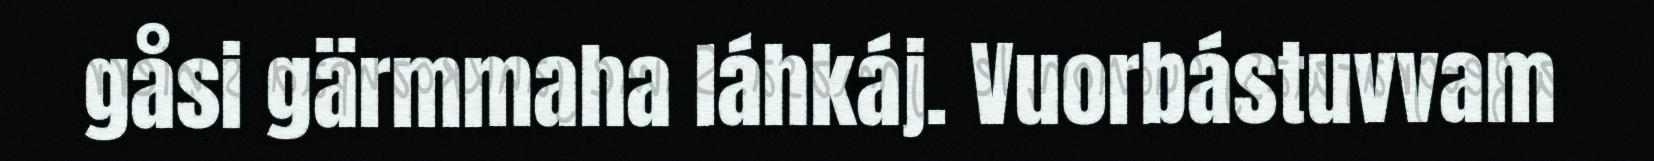
gåsi gärmmaha láhkáj. Vuorbástuvvam